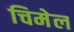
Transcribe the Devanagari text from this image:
चिमेल